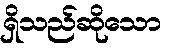
ရှိသည်ဆိုသော